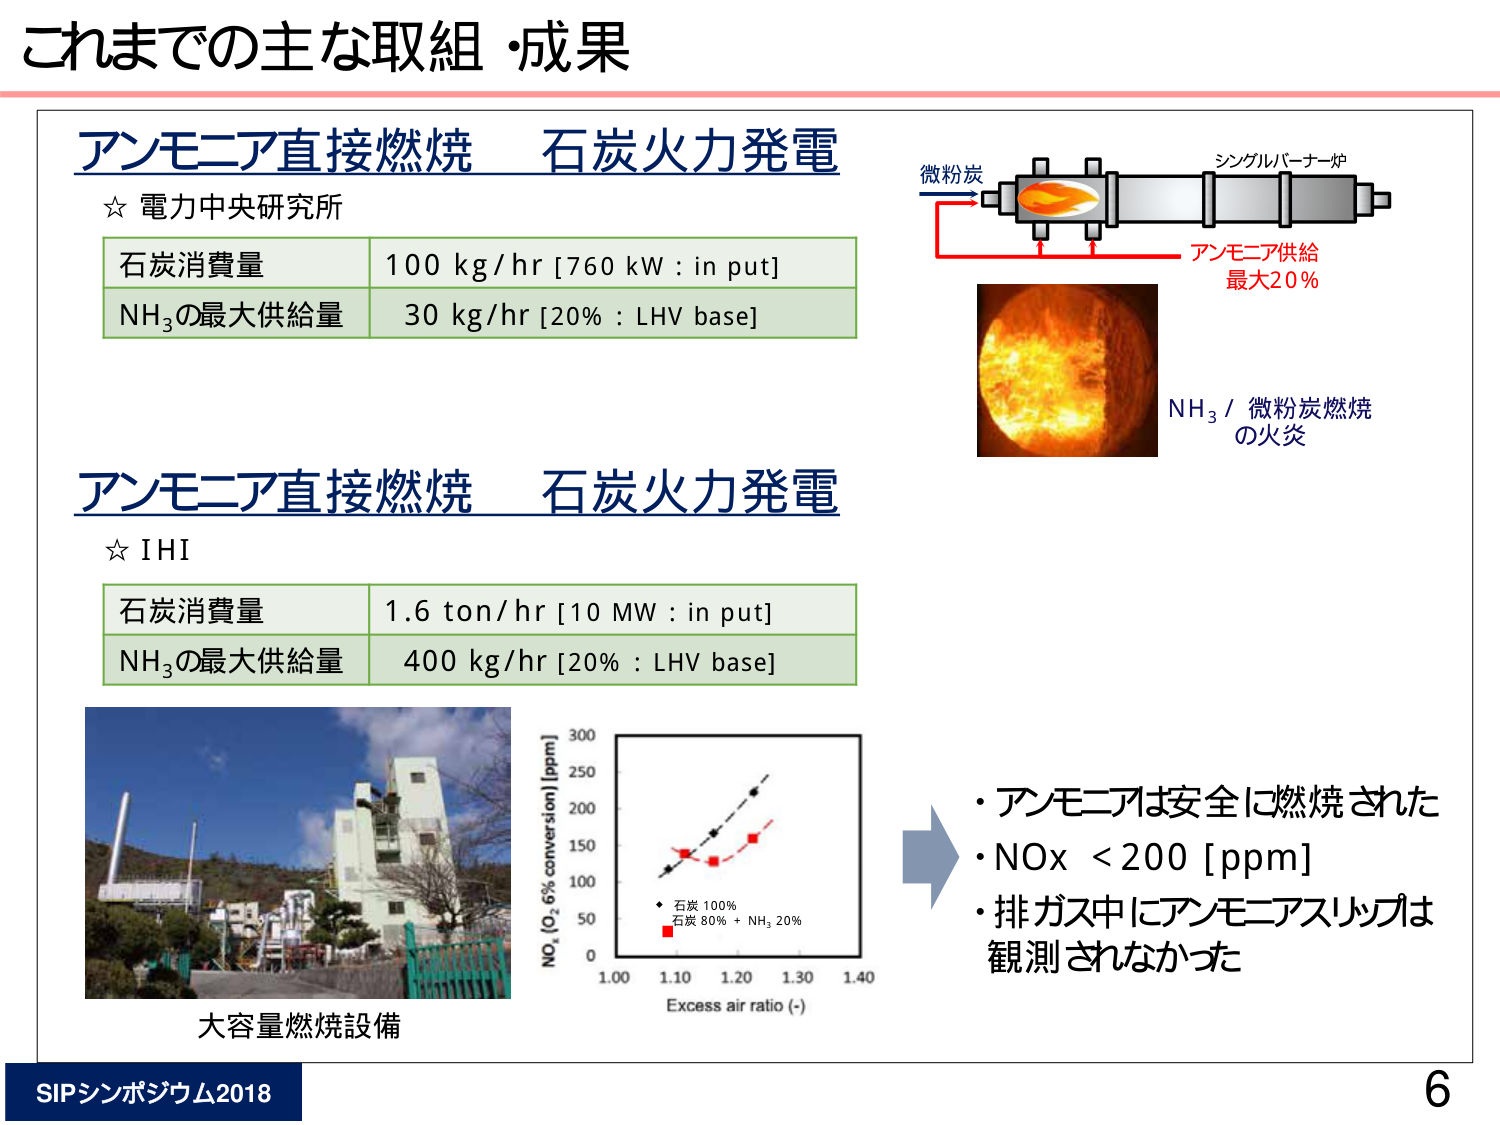
これまでの主な取組・成果

アンモニア直接燃焼 石炭火力発電
☆ 電力中央研究所
石炭消費量 100 kg/hr [760 kW : in put]
NH₃の最大供給量 30 kg/hr [20% : LHV base]

微粉炭
シングルバーナー炉
アンモニア供給
最大20％
NH₃ / 微粉炭燃焼
の火炎

アンモニア直接燃焼 石炭火力発電
☆ IHI
石炭消費量 1.6 ton/hr [10 MW : in put]
NH₃の最大供給量 400 kg/hr [20% : LHV base]

大容量燃焼設備

NOx [O₂ 6% conversion] [ppm]
300
250
200
150
100
50
0
1.00 1.10 1.20 1.30 1.40
Excess air ratio (-)
◆ 石炭 100%
■ 石炭 80% + NH₃ 20%

・アンモニアは安全に燃焼された
・NOx < 200 [ppm]
・排ガス中にアンモニアスリップは
観測されなかった

SIPシンポジウム2018
6